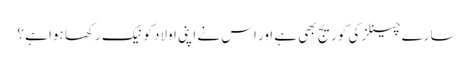
سارے چینلز کی کوریج بھی ہے اور اس نے اپنی اولاد کو نیک رکھا ہوا ہے ؟